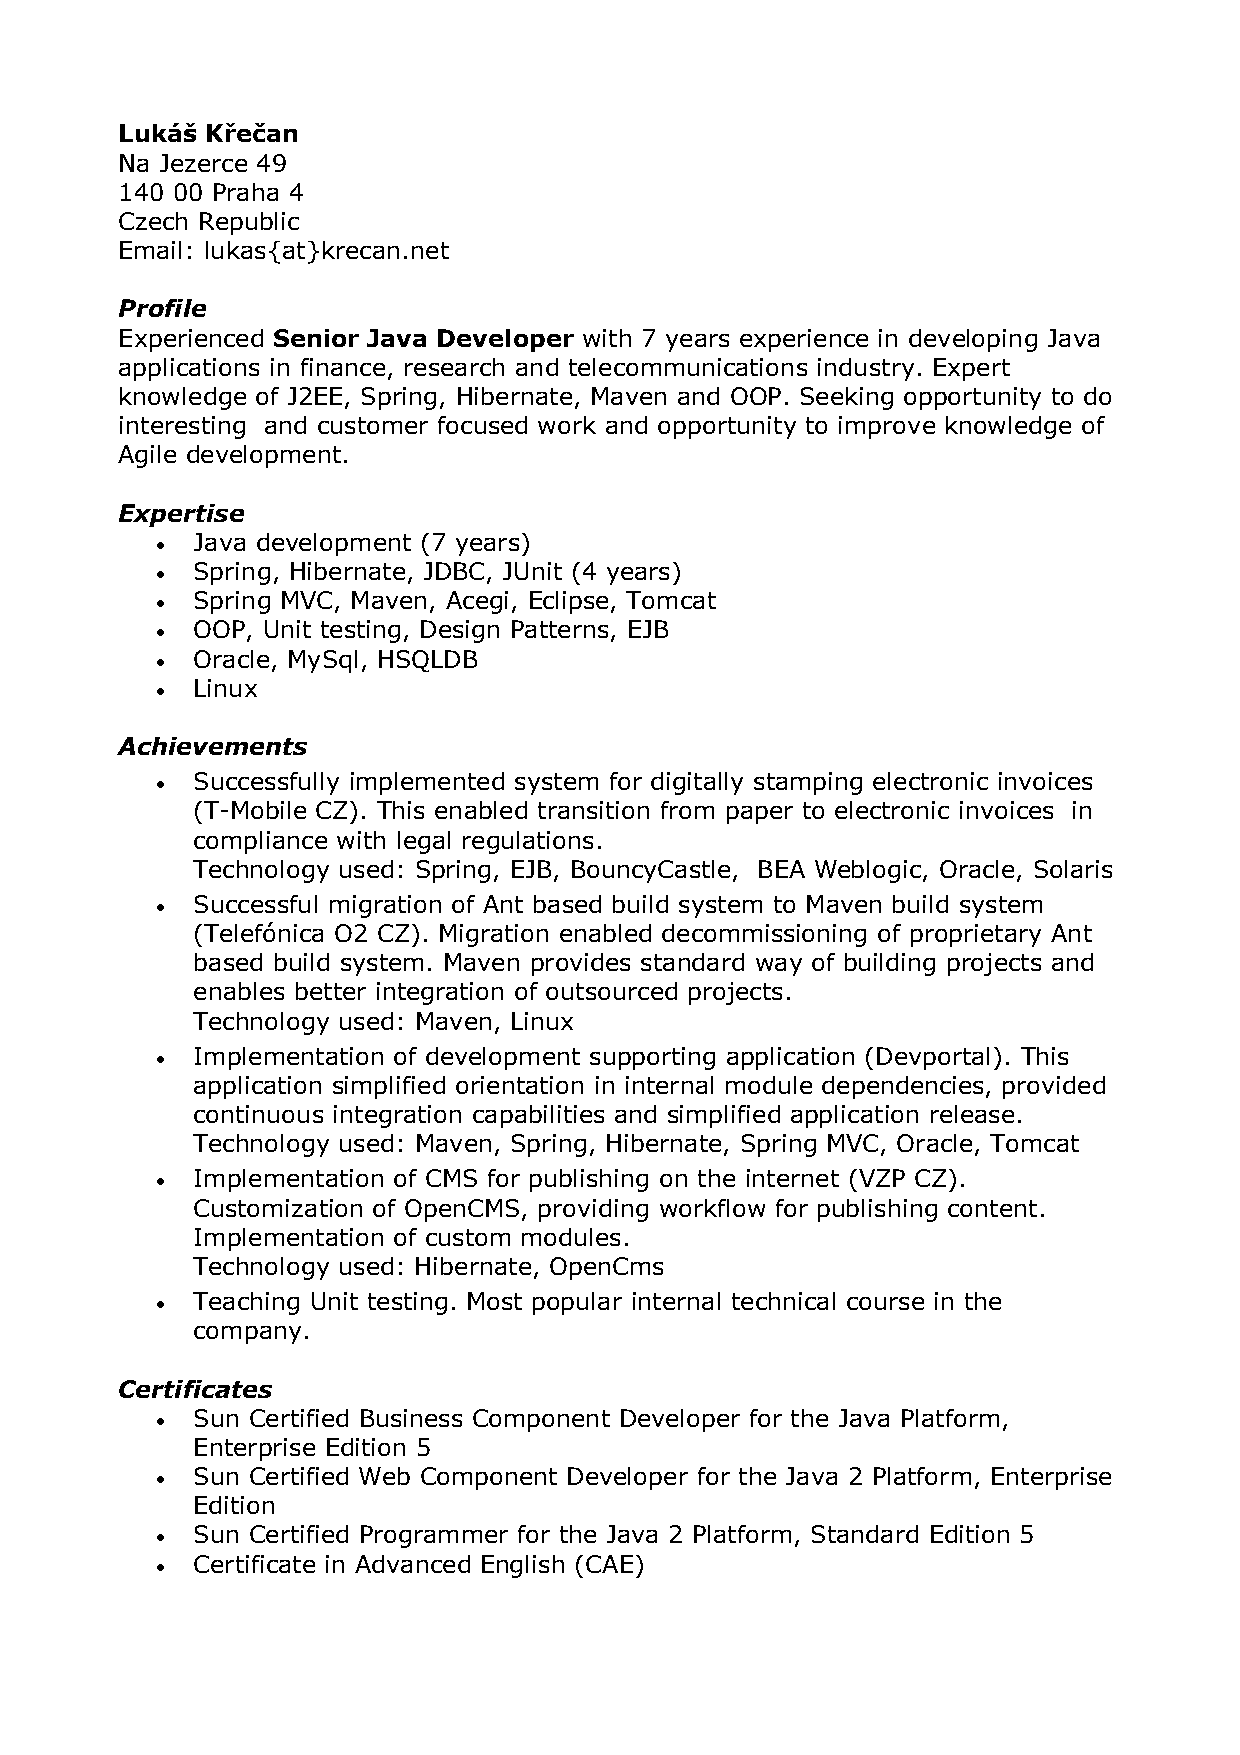
Lukáš Křečan
 Na Jezerce 49
 140 00 Praha 4
 Czech Republic
 Email: lukas{at}krecan.net
 Profile
 Experienced Senior Java Developer with 7 years experience in developing Java
 applications in finance, research and telecommunications industry. Expert
 knowledge of J2EE, Spring, Hibernate, Maven and OOP. Seeking opportunity to do
 interesting and customer focused work and opportunity to improve knowledge of
 Agile development.
 Expertise
 •  Java development (7 years)
 •  Spring, Hibernate, JDBC, JUnit (4 years)
 •  Spring MVC, Maven, Acegi, Eclipse, Tomcat
 •  OOP, Unit testing, Design Patterns, EJB
 •  Oracle, MySql, HSQLDB
 •  Linux
 Achievements
 •  Successfully implemented system for digitally stamping electronic invoices
 (T-Mobile CZ). This enabled transition from paper to electronic invoices in
 compliance with legal regulations.
 Technology used: Spring, EJB, BouncyCastle, BEA Weblogic, Oracle, Solaris
 •  Successful migration of Ant based build system to Maven build system
 (Telefónica O2 CZ). Migration enabled decommissioning of proprietary Ant
 based build system. Maven provides standard way of building projects and
 enables better integration of outsourced projects.
 Technology used: Maven, Linux
 •  Implementation of development supporting application (Devportal). This
 application simplified orientation in internal module dependencies, provided
 continuous integration capabilities and simplified application release.
 Technology used: Maven, Spring, Hibernate, Spring MVC, Oracle, Tomcat
 •  Implementation of CMS for publishing on the internet (VZP CZ).
 Customization of OpenCMS, providing workflow for publishing content.
 Implementation of custom modules.
 Technology used: Hibernate, OpenCms
 •  Teaching Unit testing. Most popular internal technical course in the
 company.
 Certificates
 •  Sun Certified Business Component Developer for the Java Platform,
 Enterprise Edition 5
 •  Sun Certified Web Component Developer for the Java 2 Platform, Enterprise
 Edition
 •  Sun Certified Programmer for the Java 2 Platform, Standard Edition 5
 •  Certificate in Advanced English (CAE)